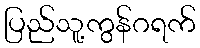
ပြည်သူ့ကွန်ဂရက်